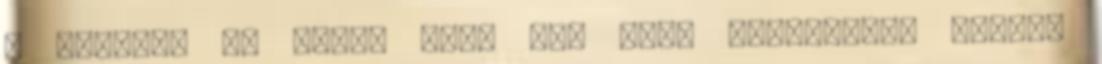
a nagyit, az volt, hogy von Graf hónapokkal később